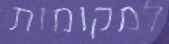
למקומות